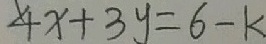
4 x + 3 y = 6 - k